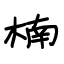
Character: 楠